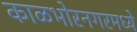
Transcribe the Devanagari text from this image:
काळभोरनगरमध्ये